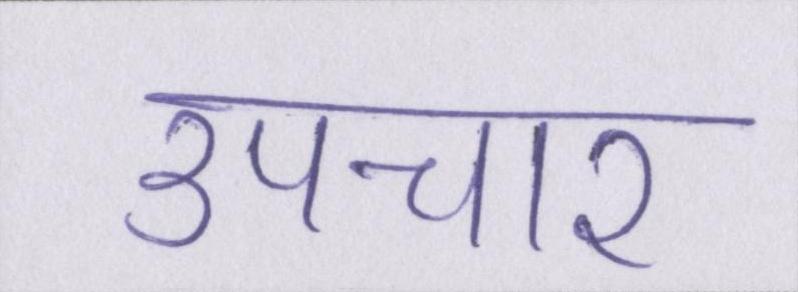
उपचार